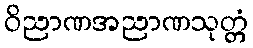
ဝိညာဏအညာဏသုတ္တံ